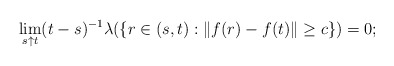
\begin{align*}\lim_{s \uparrow t} (t-s)^{-1} \lambda ( \{ r \in (s, t) : \| f(r) - f(t)\| \geq c \} ) = 0;\end{align*}